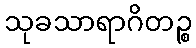
သုခသာရာဂိတဉ္စ